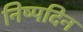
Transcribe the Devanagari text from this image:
निष्पदिन